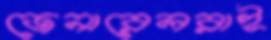
জেনারেলরাই